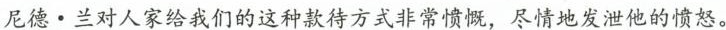
尼德· 兰对人家给我们的这种款待方式非常愤慨，尽情地发泄他的愤怒。